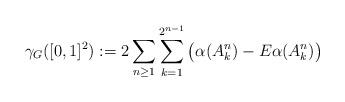
LaTeX: \begin{align*}\gamma_G([0,1]^2) := 2 \sum_{n \ge 1} \sum_{k=1}^{2^{n-1}} \big(\alpha (A_k^n) - E \alpha(A_k^n) \big)\,\end{align*}